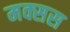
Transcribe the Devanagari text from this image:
मक्सस